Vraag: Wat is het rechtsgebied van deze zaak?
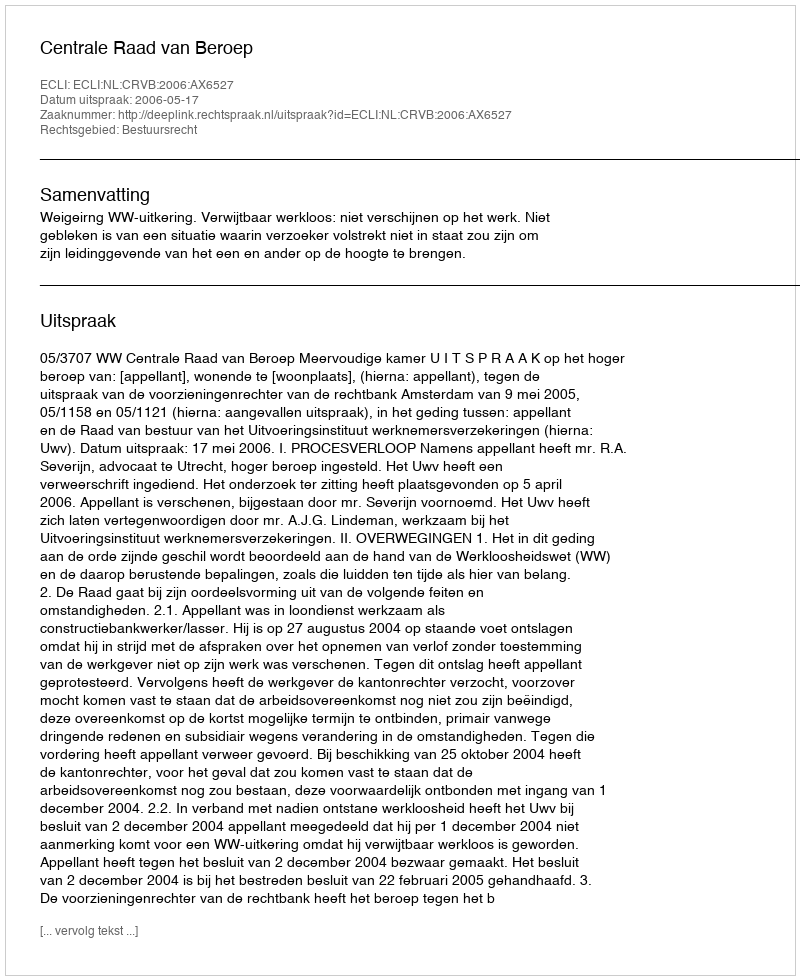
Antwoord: Bestuursrecht